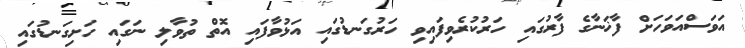
އަވަސްއަވަހަށް ފާޚަނާގެ ފާރުގައި ހަރުކުރެވިފައިވި ހަރުގަނޑުގައި އަޅުވާފައި އޮތް ތުވާލި ނަގައި ހަށިގަނޑުގައި